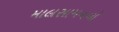
માલસામનનો